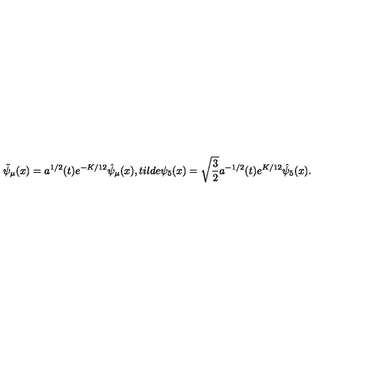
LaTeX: \tilde { \psi } _ { \mu } ( x ) = a ^ { 1 / 2 } ( t ) e ^ { - K / 1 2 } \hat { \psi } _ { \mu } ( x ) , t i l d e \psi _ { 5 } ( x ) = \sqrt { \frac { 3 } { 2 } } a ^ { - 1 / 2 } ( t ) e ^ { K / 1 2 } \hat { \psi } _ { 5 } ( x ) .